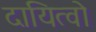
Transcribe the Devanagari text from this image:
दायित्वो